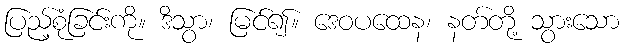
ပြည့်စုံခြင်းကို။ ဒိသွာ၊ မြင်၍။ ဒေဝပထေန၊ နတ်တို့ သွားသော